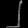
Digit: ၂